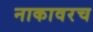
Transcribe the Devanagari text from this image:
नाकावरच